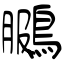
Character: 鵩